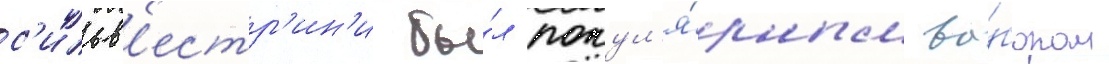
с'ильв'естр'ин'и бы́л попул'я́рным вы́бором